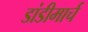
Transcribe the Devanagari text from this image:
डांडीमार्च